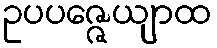
ဥပပဇ္ဇေယျာထ